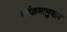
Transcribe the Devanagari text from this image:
वर्नक्रमानुसार